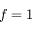
f = 1